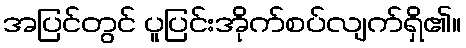
အပြင်တွင် ပူပြင်းအိုက်စပ်လျက်ရှိ၏။